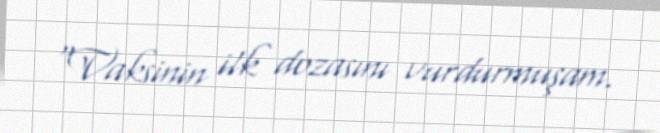
“Vaksinin ilk dozasını vurdurmuşam.